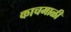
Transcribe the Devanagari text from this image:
काचमाळी